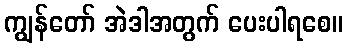
ကျွန်တော် အဲဒါအတွက် ပေးပါရစေ။